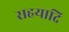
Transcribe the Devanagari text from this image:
सहयादि